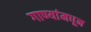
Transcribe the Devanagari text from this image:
गाण्यांमधून